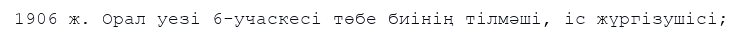
1906 ж. Орал уезі 6-учаскесі төбе биінің тілмәші, іс жүргізушісі;